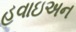
હવાઇઅન